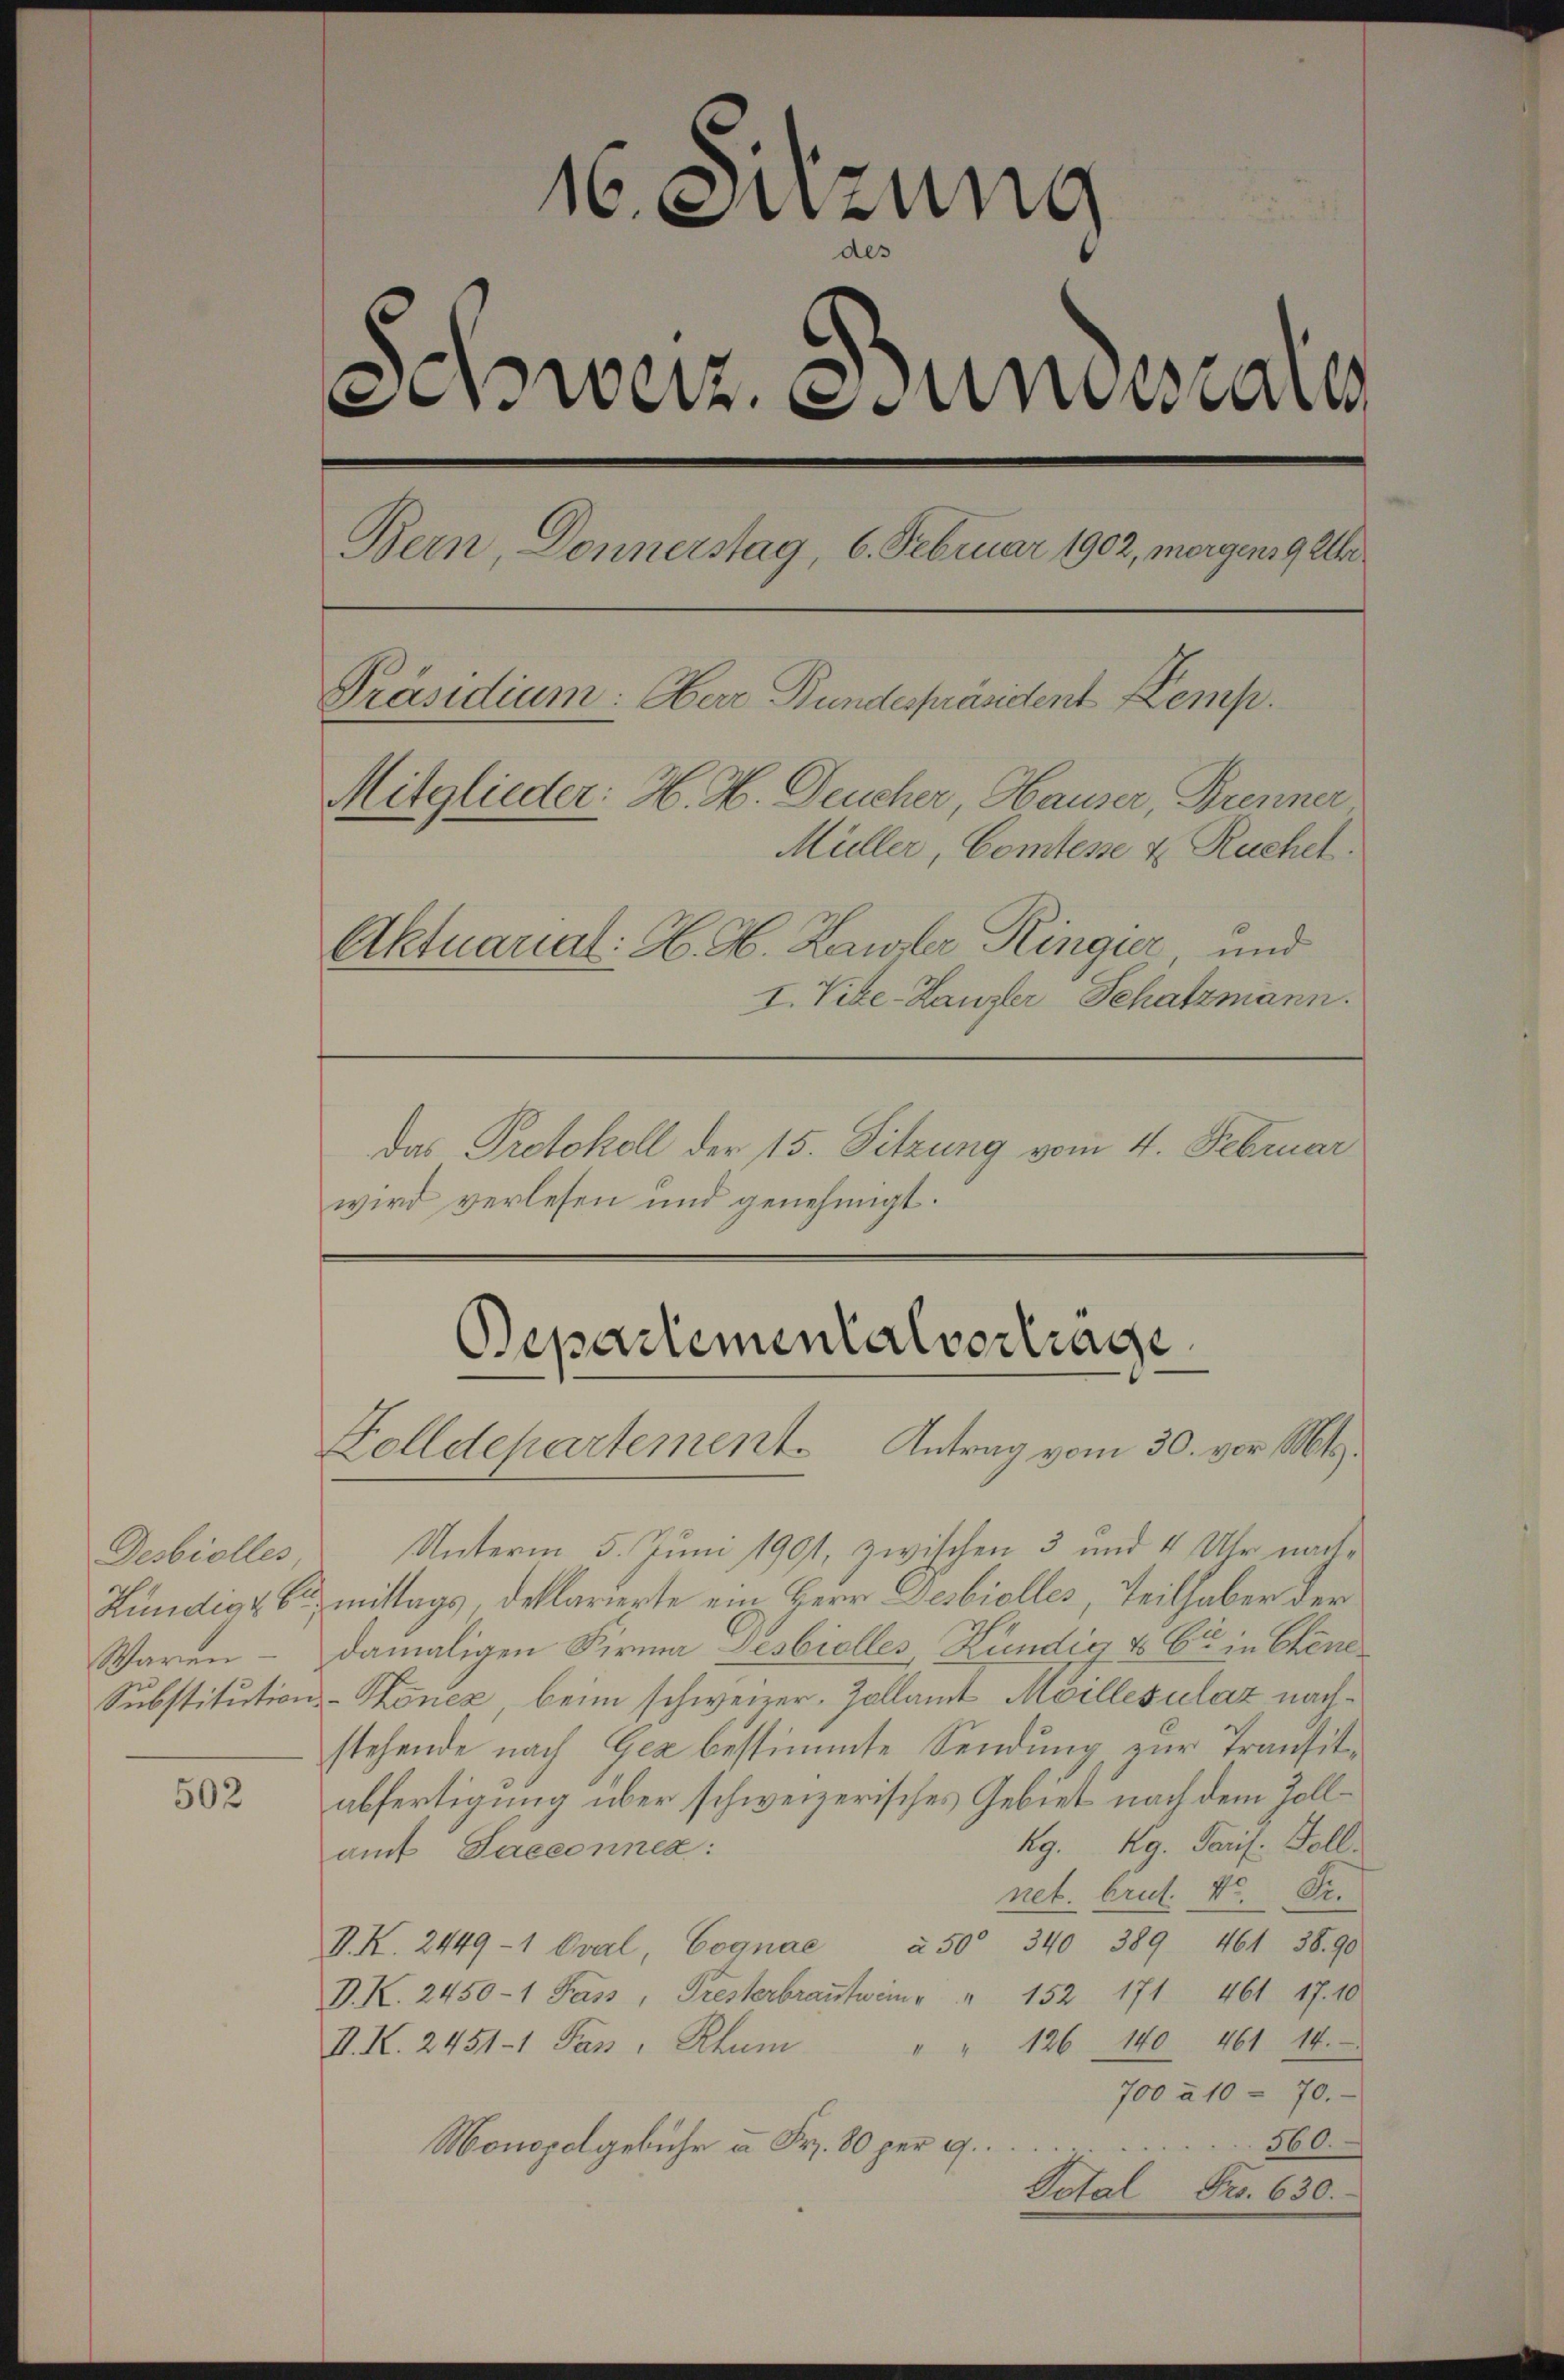
Desbiolles,
Waren.

502

16. Sitzung
des
wetz na
Bern, Donnerstag, 6. Februar 1902, morgens geler
Präsidium: Obere Bundespräsident Kemp
Mitglieder: H. H. Deucher, Hauser, Brenner
Müller, Comtesse & Ruchel.
Aktuarial: H. H. Kanzler Ringer und
I. Vize-Kanzler Schatzmann.

Das Protokoll der 15. Sitzung vom 4. Februar
wird verlesen und genehmigt.

Bepartementalvertrage
Zolldepartement Antrag vom 30. vor. Mts.

Unterm 5. Juni 1901, zwischen 3 und 4 Uhr nach-
Kündig & B. mittags, dellarierte ein Herr Desbiolles, Teilhaber der
damaligen Firma Sesbiolles Kündig & Cie in Chene
Substitutions-Sonez, beim schweizer. Zollamt Meillesulat nachstehende nach Gez bestimmte Sendung zur Transitabfertigung über schweizerisches Gebiet nach dem Zollkg. Kg. Paris. Soll
amt Saeconnen:
net. brut. v. Fr.
V.K. 2449-1 Oval, Cognae à 50 340 389 461 38. 90
D. K. 2450-1 Pass, Tresterbraṅtwein " " 152 171 461. 17. 10
" " 126 140 461. 14.
II. K. 2451-1 Pass, Rhum
700 à 10 - 70.
360.
Monopelgebühr u. Fr. 80 per 9.
Dotal Fr. 630.